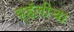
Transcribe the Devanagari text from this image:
व्हॅलीचा